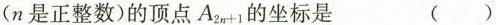
(n是正整数)的顶点A_{2n+1}的坐标是 ()